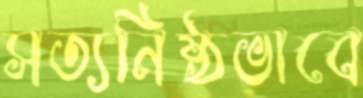
সত্যনিষ্ঠভাবে